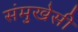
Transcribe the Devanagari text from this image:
संमुखेसी